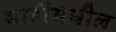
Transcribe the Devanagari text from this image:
मादींमधील